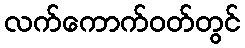
လက်ကောက်ဝတ်တွင်